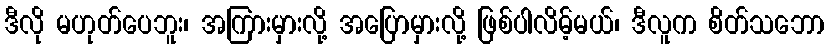
ဒီလို မဟုတ်ပေဘူး၊ အကြားမှားလို့ အပြောမှားလို့ ဖြစ်ပါလိမ့်မယ်၊ ဒီလူက စိတ်သဘော